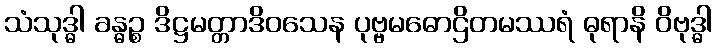
သံသုဒ္ဓါ ခန္ဓဉ္စ ဒိဋ္ဌမတ္တာဒိဝသေန ပုဗ္ဗမဓောဌိတမဿရံ ဓုရာနိ ဝိဗုဒ္ဓါ